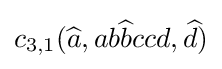
c_{3,1}({\widehat {a}},ab{\widehat {b}}ccd,{\widehat {d}})